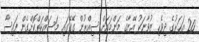
20 އަހަރުގެ ދިވެހި ޒުވާނަކު އޭނާގެ މަންމައަށް ސިއްރުން ގޭގޭގައި މަސައްކަތްކޮށްގެން ފައިސާ